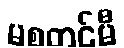
မစတင်မီ